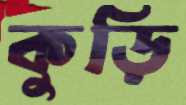
কুড়ি